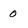
Character: 0